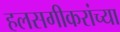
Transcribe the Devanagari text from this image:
हलसगीकरांच्या